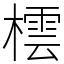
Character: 橒